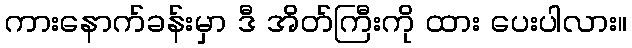
ကားနောက်ခန်းမှာ ဒီ အိတ်ကြီးကို ထား ပေးပါလား။